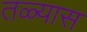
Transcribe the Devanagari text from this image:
तळ्यास